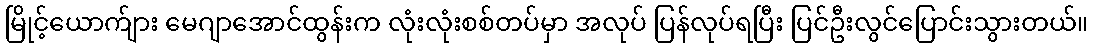
မြိုင့်ယောက်ျား မေဂျာအောင်ထွန်းက လုံးလုံးစစ်တပ်မှာ အလုပ် ပြန်လုပ်ရပြီး ပြင်ဦးလွင်ပြောင်းသွားတယ်။